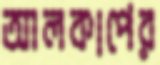
আলকাপের